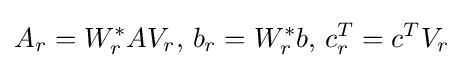
A_{r}=W_{r}^{*}AV_{r},\,b_{r}=W_{r}^{*}b,\,c_{r}^{T}=c^{T}V_{r}